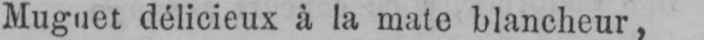
Muguet délicieux à la mate blancheur,